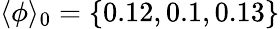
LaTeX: \langle\phi\rangle_{0}=\{ 0.12,0.1,0.13\}